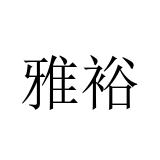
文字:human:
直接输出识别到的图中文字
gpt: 雅裕